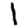
Digit: 1